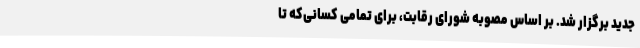
جدید برگزار شد. بر اساس مصوبه شورای رقابت، برای تمامی کسانی‌که تا